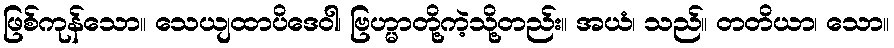
ဖြစ်ကုန်သော။ သေယျထာပိဒေဝါ၊ ဗြဟ္မာတို့ကဲ့သို့တည်း။ အယံ၊ သည်။ တတိယာ၊ သော။